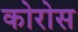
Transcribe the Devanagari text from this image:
कोरोस